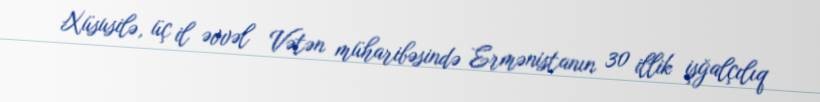
Xüsusilə, üç il əvvəl Vətən müharibəsində Ermənistanın 30 illik işğalçılıq